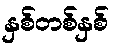
နှစ်တစ်နှစ်